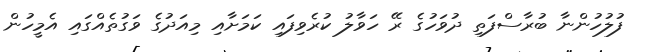
ފުލުހުންނާ ބުރާސްފަތި ދުވަހުގެ ރޭ ހަވާލު ކުރެވިފައި ކަމަށާއި މިއަދުގެ ވަގުތެއްގައި އެމީހުން